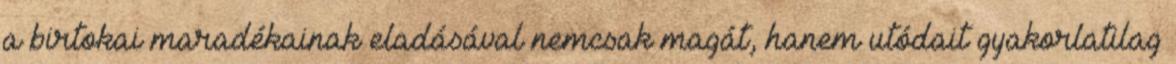
a birtokai maradékainak eladásával nemcsak magát, hanem utódait gyakorlatilag